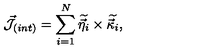
{ \cal \vec { J } } _ { ( i n t ) } = \sum _ { i = 1 } ^ { N } \widetilde { \vec { \eta } _ { i } } \times \widetilde { \vec { \kappa } _ { i } } ,